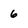
Character: 6